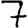
Digit: 7